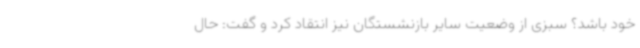
خود باشد؟ سبزی از وضعیت سایر بازنشستگان نیز انتقاد کرد و گفت: حال